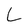
Character: L